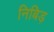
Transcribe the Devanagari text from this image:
निबिड़